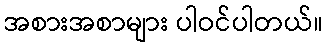
အစားအစာများ ပါဝင်ပါတယ်။